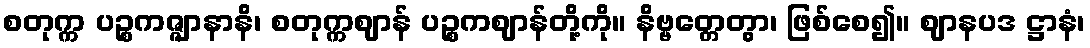
စတုက္က ပဉ္စကဇ္ဇျာနာနိ၊ စတုက္ကဈာန် ပဉ္စကဈာန်တို့ကို။ နိဗ္ဗတ္တေတွာ၊ ဖြစ်စေ၍။ ဈာနပဒ ဋ္ဌာနံ၊